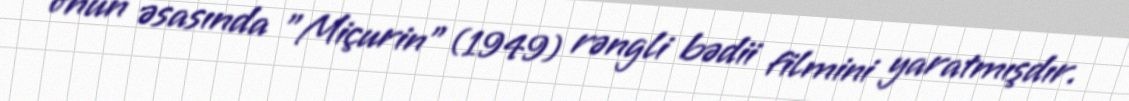
onun əsasında "Miçurin" (1949) rəngli bədii filmini yaratmışdır.